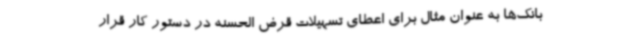
بانک‌ها به عنوان مثال برای اعطای تسهیلات قرض الحسنه در دستور کار قرار